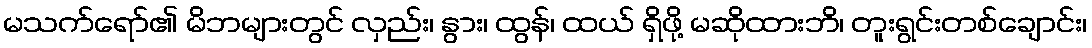
မသက်ရော်၏ မိဘများတွင် လှည်း၊ နွား၊ ထွန်၊ ထယ် ရှိဖို့ မဆိုထားဘိ၊ တူးရွင်းတစ်ချောင်း၊